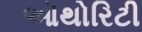
ઑથોરિટી